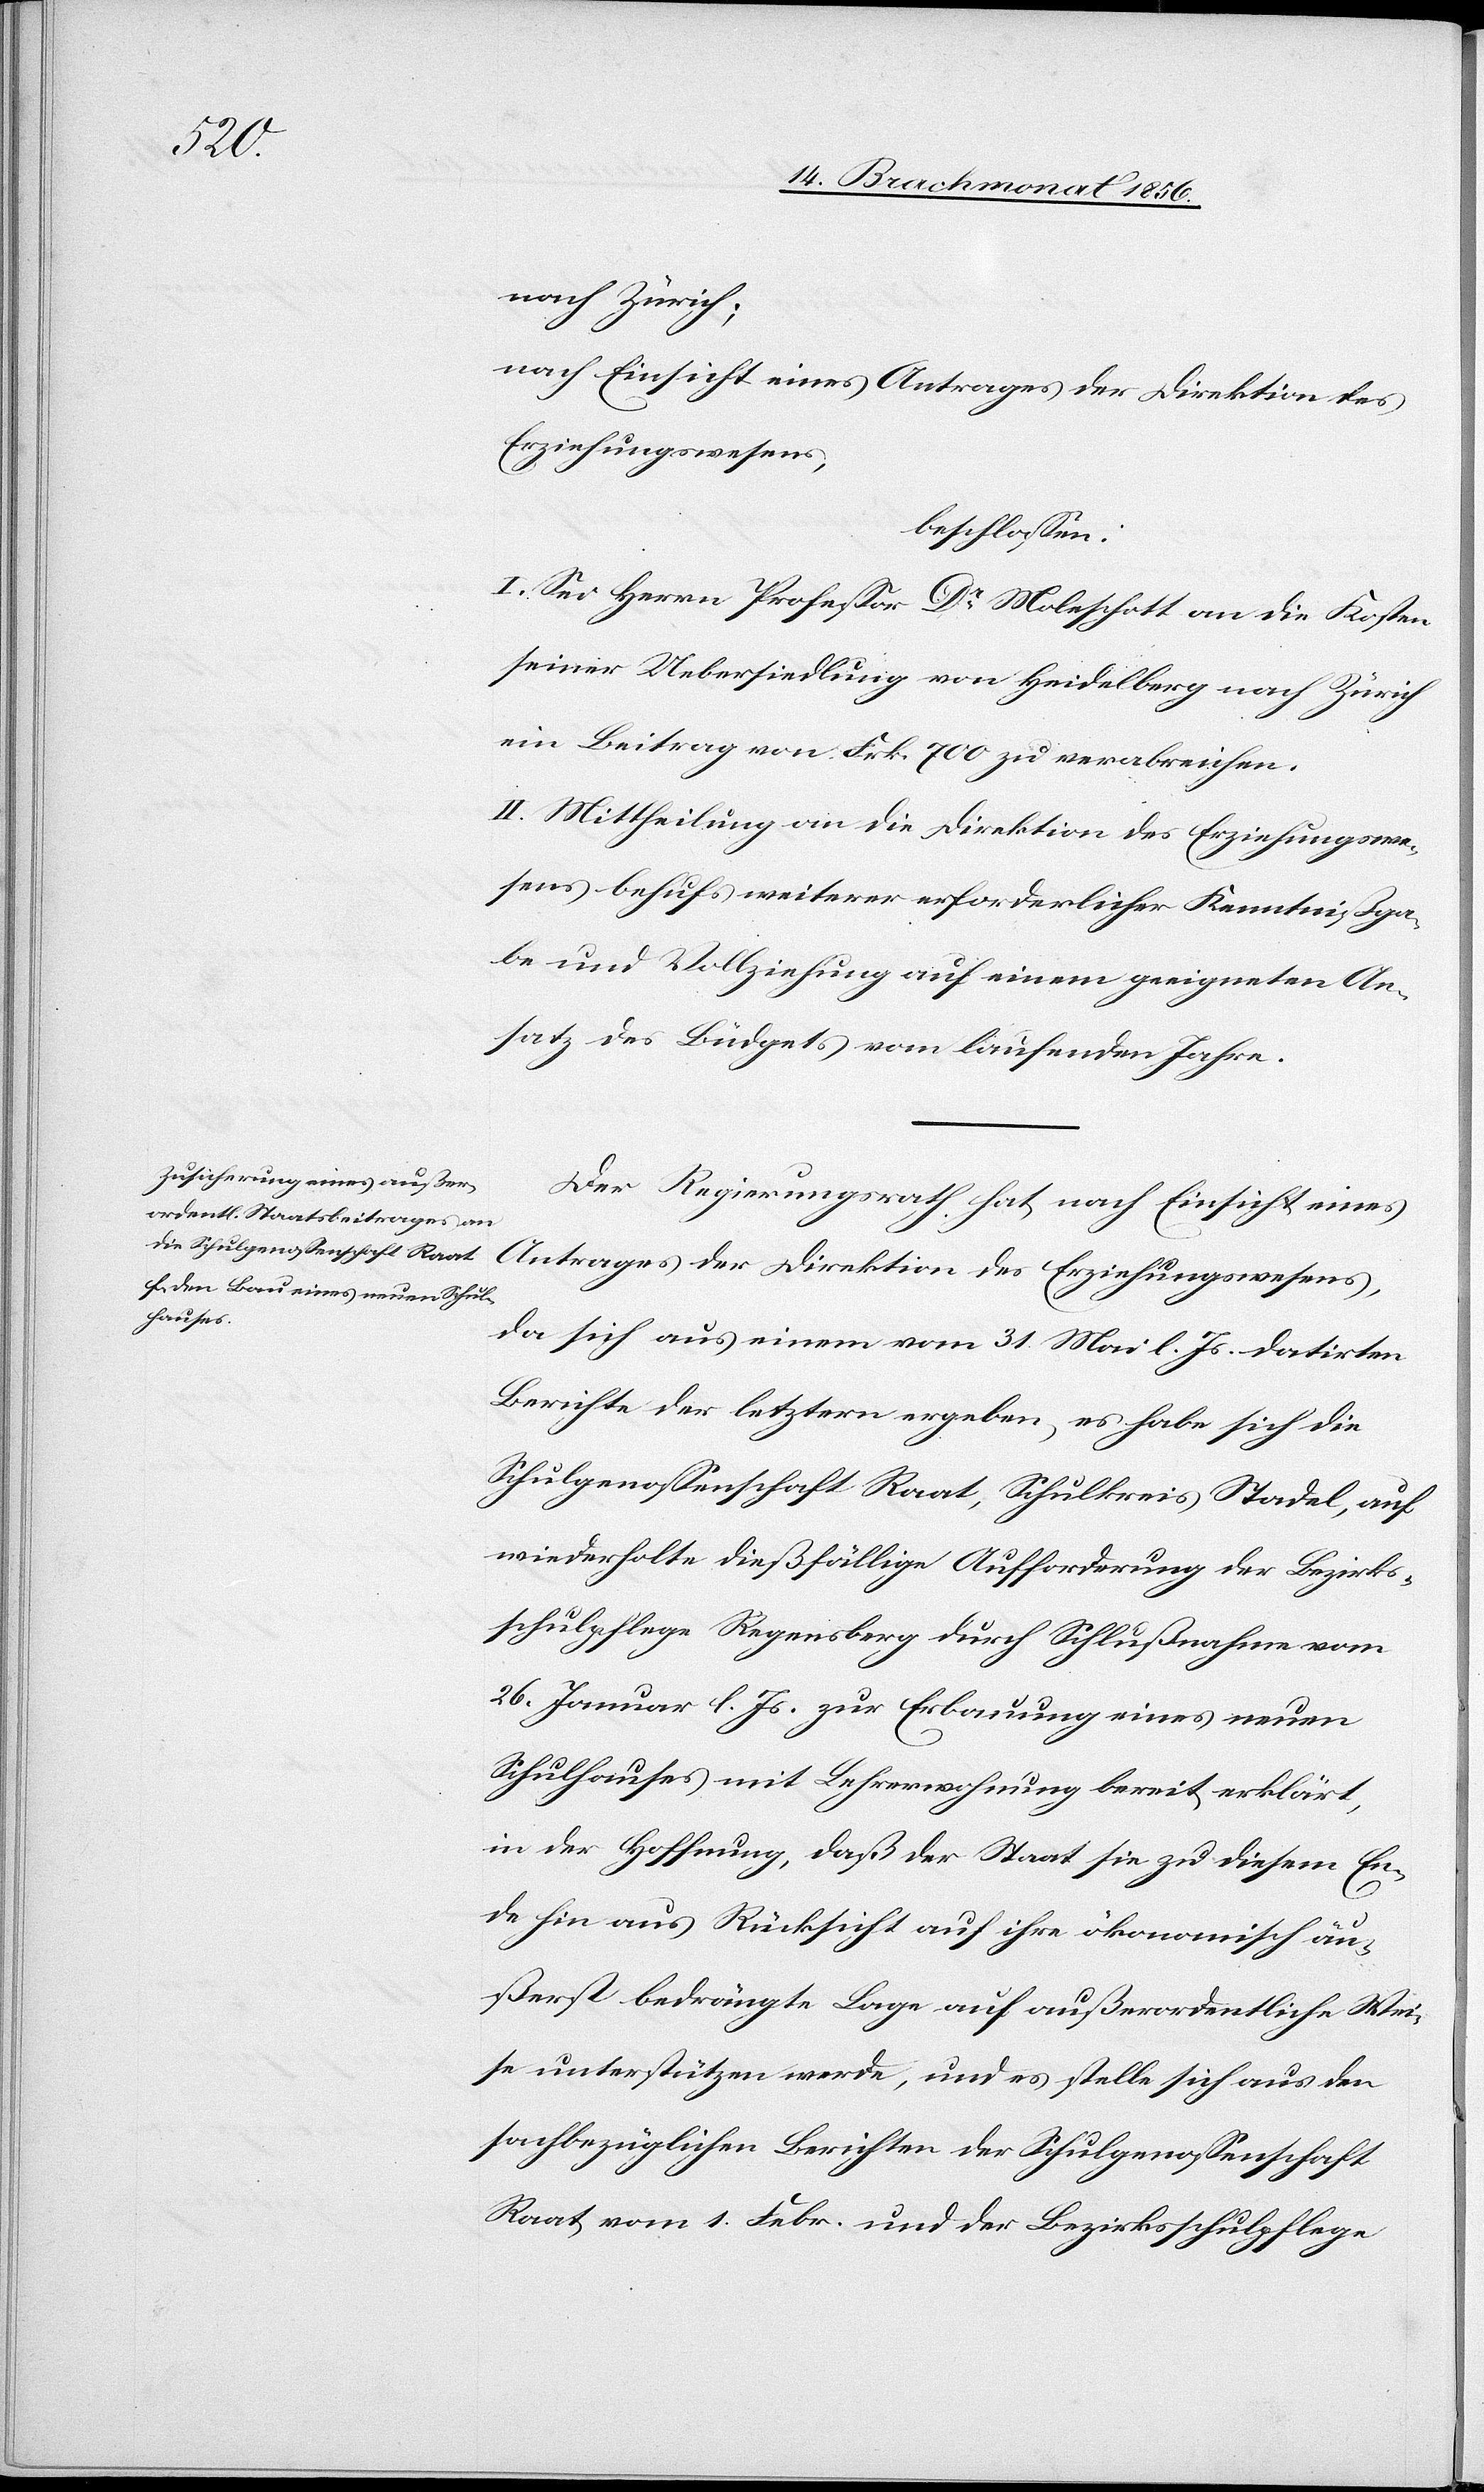
nach Zürich;
nach Einsicht eines Antrages der Direktion des
Erziehungswesens,
beschlossen:
I. Sei Herrn Professor Dr Moleschott an die Kosten
seiner Uebersiedlung von Heidelberg nach Zürich
ein Beitrag von Frk. 700 zu verabreichen.
II. Mittheilung an die Direktion des Erziehungswe¬
sens behufs weiterer erforderlicher Kenntnißga¬
be und Vollziehung auf einem geeigneten An¬
satz des Büdgets vom laufenden Jahre.
Der Regierungsrath hat nach Einsicht eines
Antrages der Direktion des Erziehungswesens,
da sich aus einem vom 31. Mai l. Js. datirten
Berichte der letztern ergeben, es habe sich die
Schulgenossenschaft Raat, Schulkreis Stadel auf
wiederholte dießfällige Aufforderung der Bezirks¬
schulpflege Regensberg durch Schlußnahme vom
26. Januar l. Js. zur Erbauung eines neuen
Schulhauses mit Lehrerwohnung bereit erklärt,
in der Hoffnung, daß der Staat sie zu diesem En¬
de hin aus Rücksicht auf ihre ökonomisch äu¬
ßerst bedrängte Lage auf außerordentliche Wei¬
se unterstützen werde, und es stelle sich aus den
sachbezüglichen Berichten der Schulgenossenschaft
Raat vom 1. Febr. und der Bezirksschulpflege